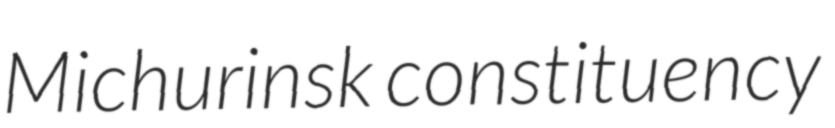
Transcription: Michurinsk constituency